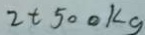
2 t 5 0 0 k g